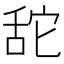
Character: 𦧑